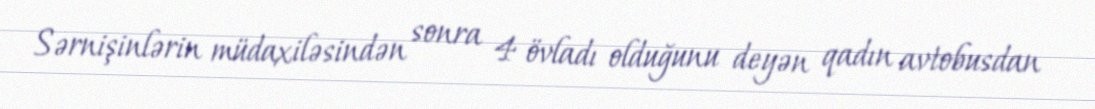
Sərnişinlərin müdaxiləsindən sonra 4 övladı olduğunu deyən qadın avtobusdan